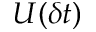
U ( \delta t )